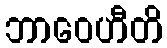
ဘာဝေဟီတိ